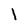
Character: l